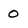
Character: 0